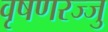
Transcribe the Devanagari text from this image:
वृषणरज्जु